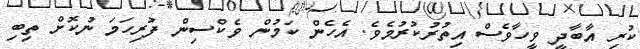
ކުރި އާބާދީ ވީހާވެސް އިތުރުކުރުމެވެ. އެހެން ކަމުން ވެކްސިން ފުރިހަމަ ނުކޮށް ތިބި